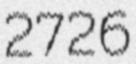
2726